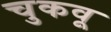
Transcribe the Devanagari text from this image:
चुकवू